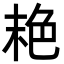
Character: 𦫕